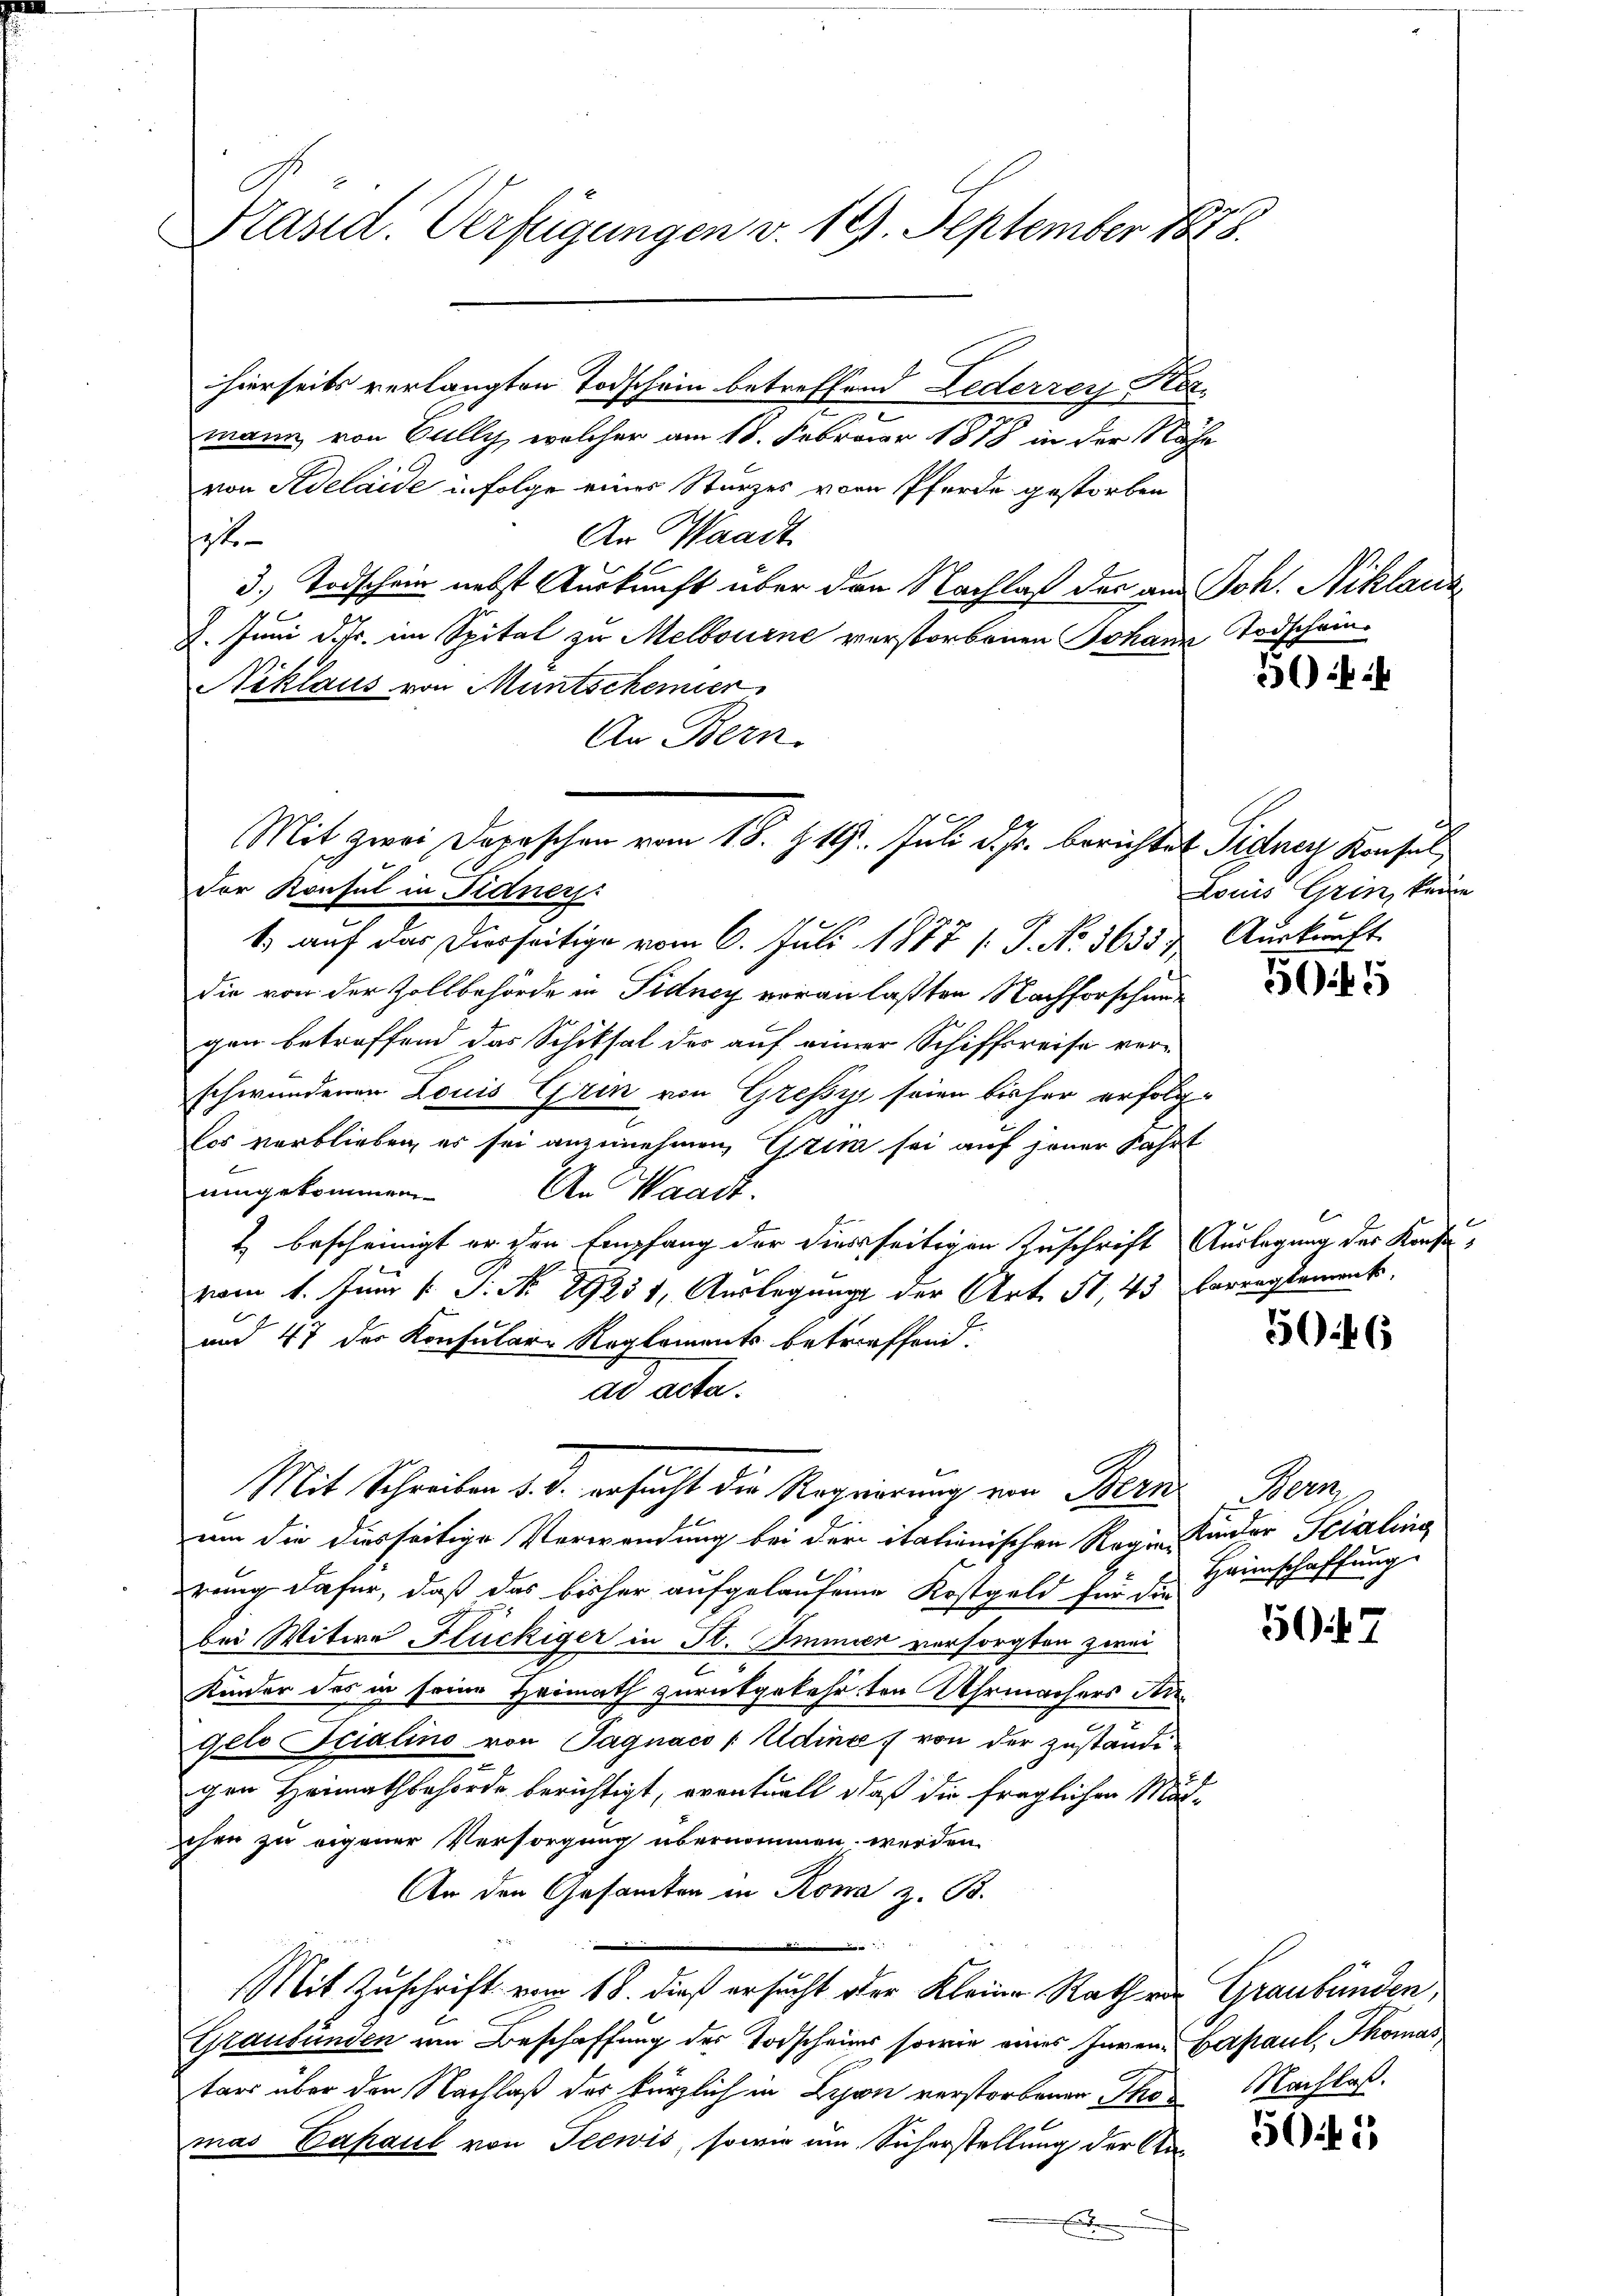
Präsid. Verfügungen v. 19. September 1878.

mann von Gully, welcher am 18. Februar 1878 in der Nähe
von Adelaide infolge eines Sturzes vom Pferde gestorben
An Waadt
ste
3. Todschein nebst Auskunft über den Nachlaß des am Joh. Niklaus
2. Juni d. Js. im Spital zu Melbourne verstorbenen Johann Todschein¬
Niklaus von Muntschemier
An Bern.
Der Konsul in Fidners:
1.) auf das Diesseitige vom 6. Juli 1877 (T. No 3633) Auskunft
die von der Zollbehörde in Fidney voranlaßten Nachforschung
gen betreffend das Schiksal des auf einer Schiffsreise ver-
schwundenen Louis Grin von Gressi seien bisher erfolglos verblieben, es sei anzunehmen, Gtim sei auf jener Fahrt
f
eingekommen.
An Waadt.
1) bescheinigt er den Empfang der hierseitigen Zuschrift Auslegung des Konfevom 1. Juni [ P. No 89231, Auslegung der Art. 51, 43 barreglement.
E
und 47 der Konsular- Reglements betreffend.
ad acta.
Mit Schreiben d. J. ersucht die Regierung von Bern
um die diesseitige Verwendung bei der italienischen Regien ander Seidling
rung dafür, daß das bisher aufgelaufene Kostgeld für die
bei Witwe Flückiger in St. Immier vorsorgten zwei
Kinder des in seine Heimath zurückgekehrten Uhrmachers Angelo Icialino von Tagnaco / Udina, von der zuständigen Heimathbehörde berichtigt, eventuell, daß die fraglichen Män-
chen zu eigener Versorgung übernommen werden
An den Gesandten in Rona z. B.
|
Mit Zuschrift vom 18. dieß ersucht der Kleine Rath von Graubünden,
Graubünden um Beschaffung des Todscheines sowie eines Inven-Bapaul, Thomas
tar über den Nachlaß der kürzlich in Lyon verstorbenen Thomas Capaul von Seewis, sowie um Sicherstellung der An¬

hierseits verlangten Todschein betreffend Lederzey Ker¬

Mit zwei Depeschen vom 18. Z. 19. Juli d. Js. berichtet Sidner Konsel

54

Louis Grin, keine

5

E

5046

Me
Haunschaffung

507

Nachlaß.

545